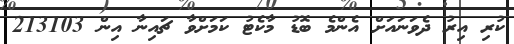
ކުރި އިރު ދެވަނައަށް އެންމެ ބޮޑު މާކެޓު ކަމަށްވާ ޗައިނާ އިން 213103